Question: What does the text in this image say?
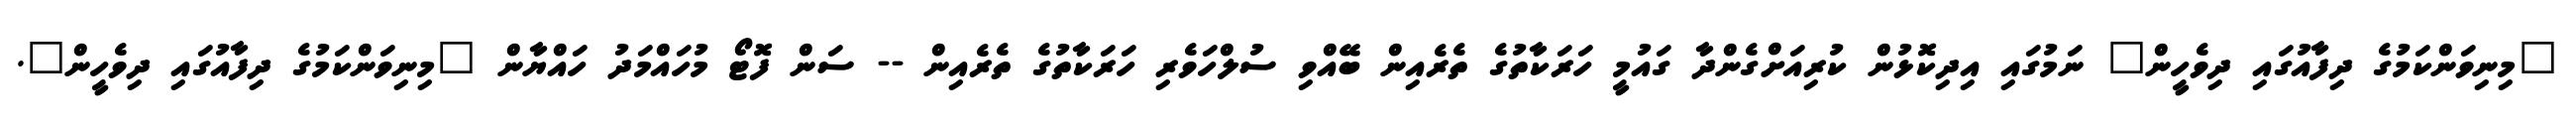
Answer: "މިނިވަންކަމުގެ ދިފާއުގައި ދިވެހީން" ނަމުގައި އިދިކޮޅުން ކުރިއަށްގެންދާ ގައުމީ ހަރަކާތުގެ ތެރެއިން ބޭއްވި ސުލްހަވެރި ހަރަކާތުގެ ތެރެއިން -- ސަން ފޮޓޯ މުހައްމަދު ހައްޔާން "މިނިވަންކަމުގެ ދިފާއުގައި ދިވެހީން".